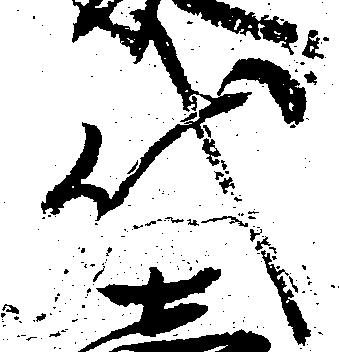
代